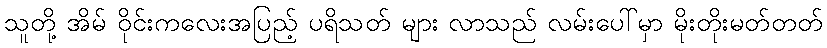
သူတို့ အိမ် ဝိုင်းကလေးအပြည့် ပရိသတ် များ လာသည် လမ်းပေါ်မှာ မိုးတိုးမတ်တတ်